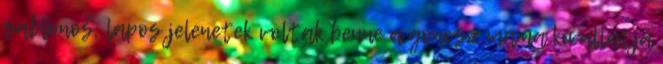
sablonos, lapos jelenetek voltak benne a gonosz mama kivallatja